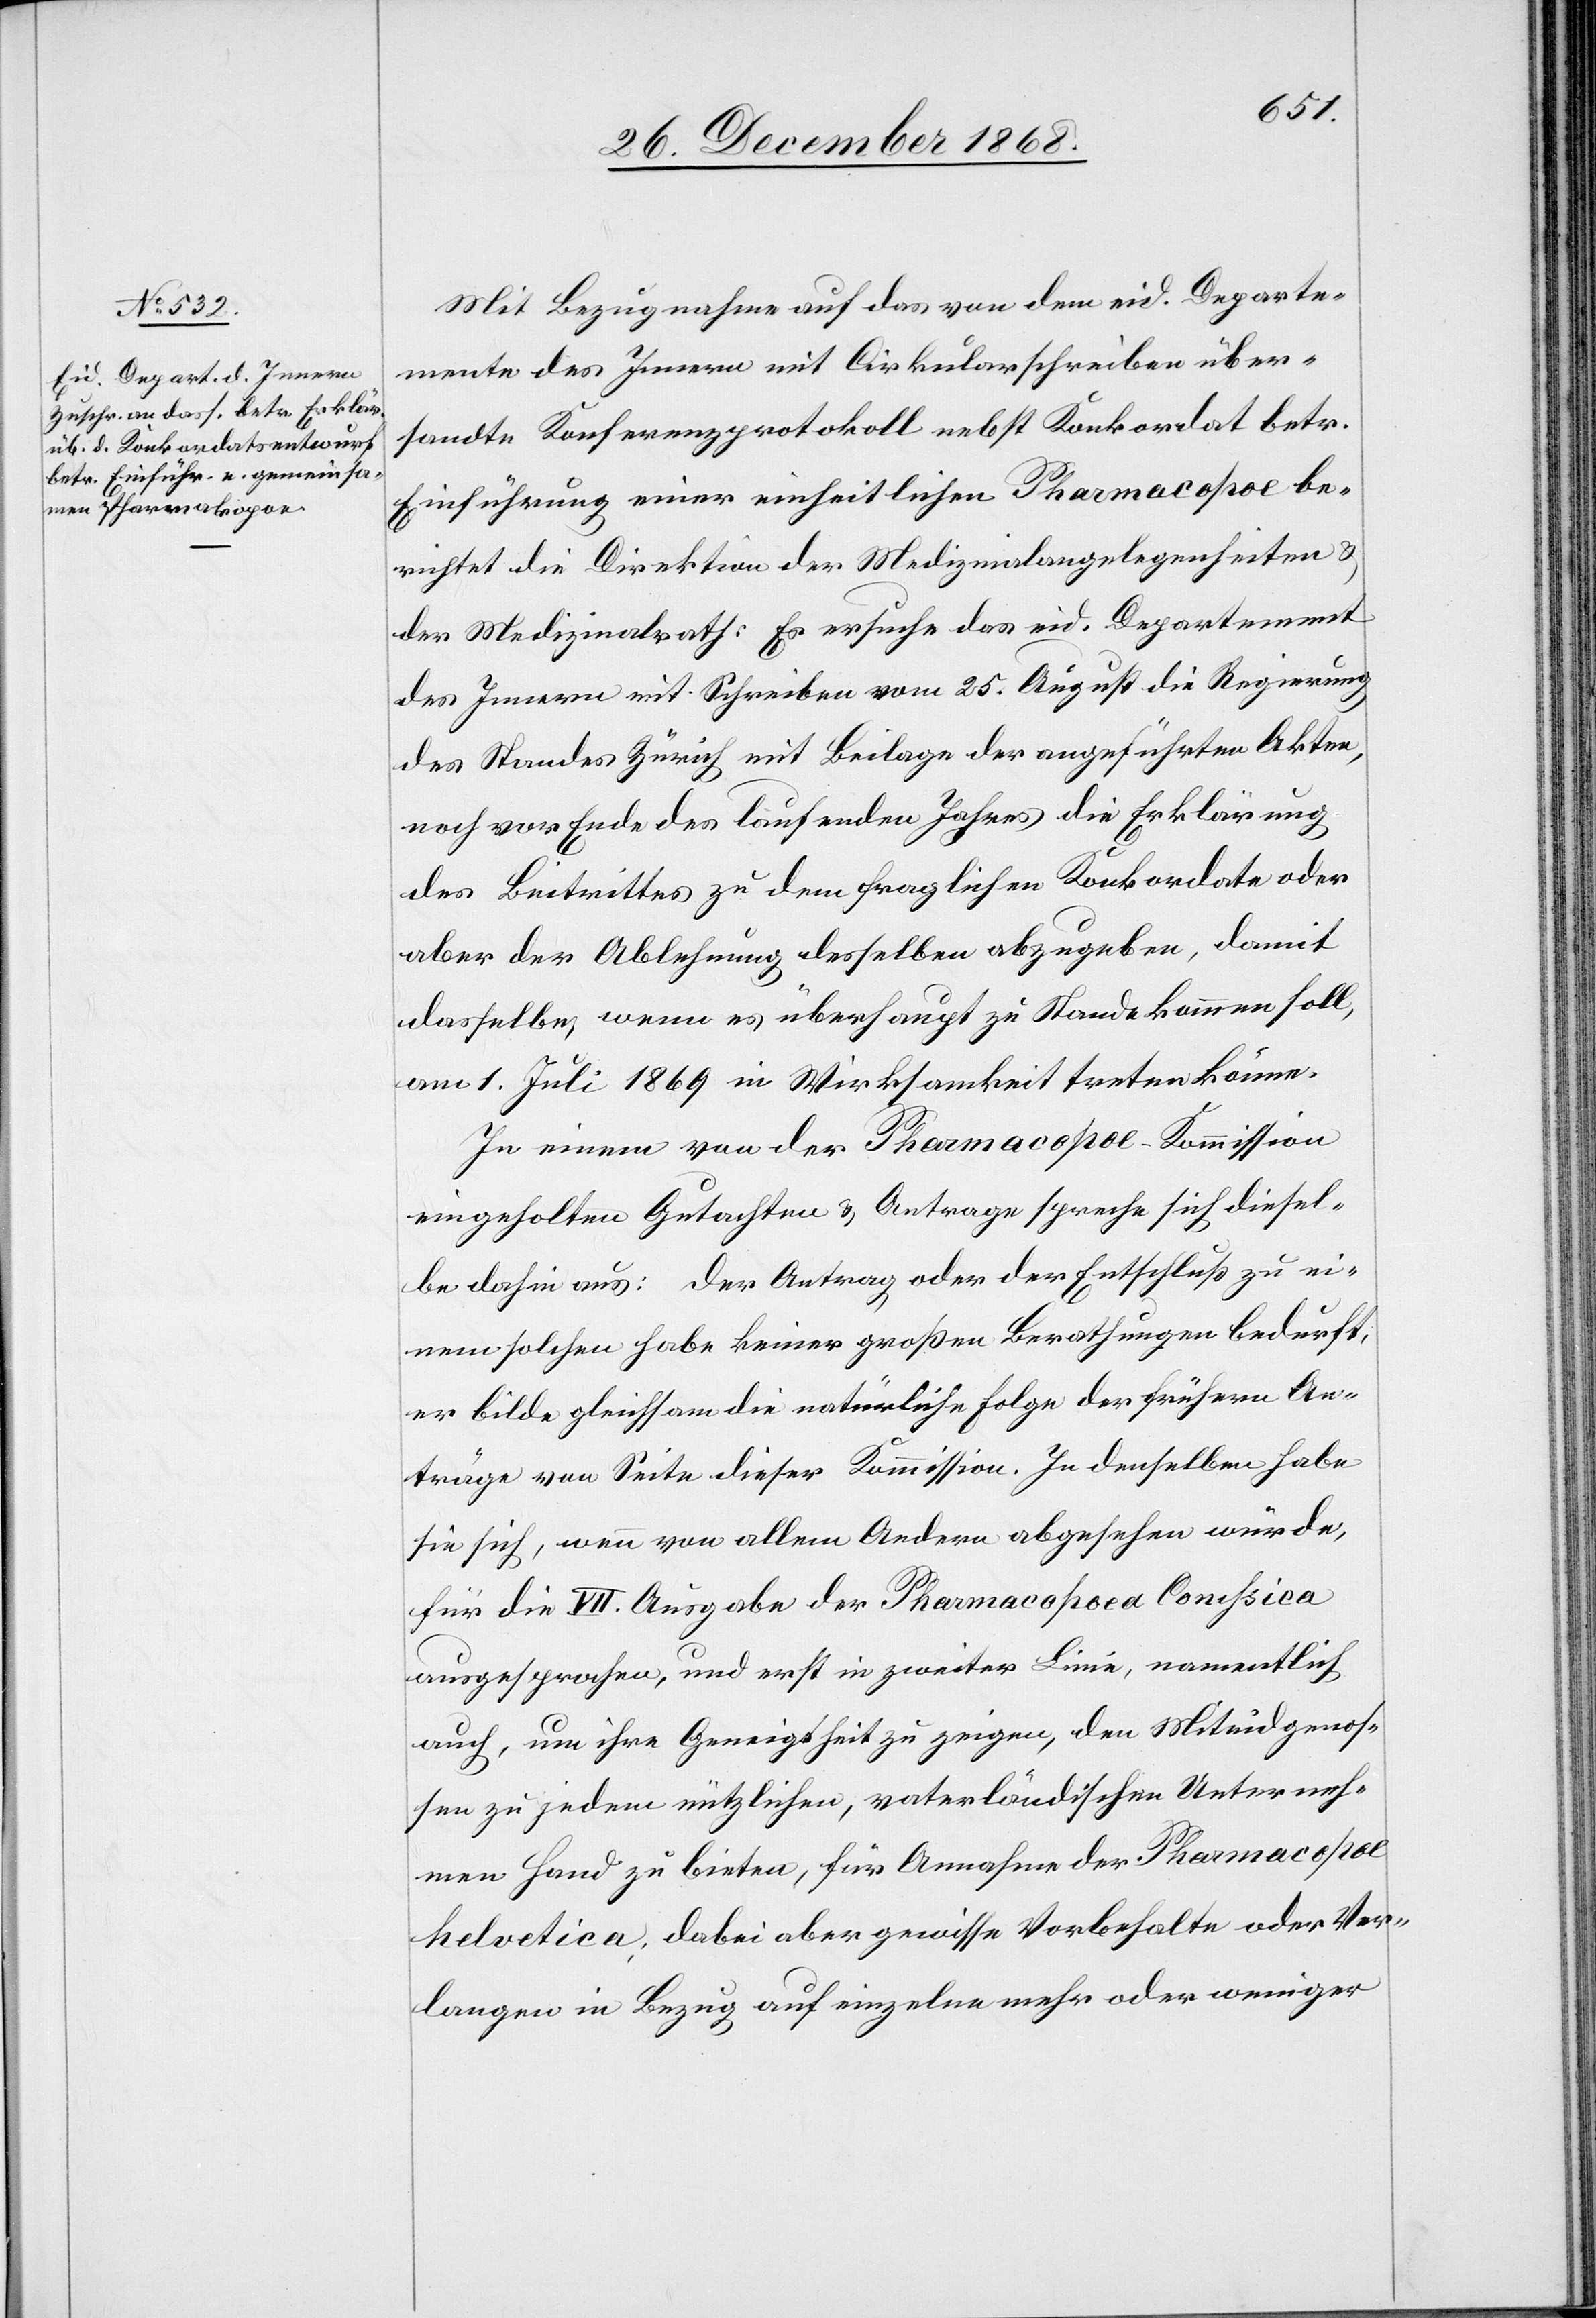
Mit Bezugnahme auf das von dem eid. Departe¬
mente des Innern mit Cirkularschreiben über¬
sandte Konferenzprotokoll nebst Konkordat betr.
Einführung einer einheitlichen Pharmacopoe be¬
richtet die Direktion der Medizinalangelegenheiten &
der Medizinalrath: Es ersuche das eid. Departement
des Innern mit Schreiben vom 25. August die Regierung
des Standes Zürich mit Beilage der angeführten Akten,
noch vor Ende des laufenden Jahres die Erklärung
des Beitrittes zu dem fraglichen Konkordate oder
aber der Ablehnung desselben abzugeben, damit
dasselbe, wenn es überhaupt zu Stande kommen soll,
am 1. Juli 1869 in Wirksamkeit treten könne.
In einem von der Pharmacopoe-Kommission
eingeholten Gutachten & Antrage spreche sich diesel¬
be dahin aus: Der Antrag oder der Entschluß zu ei¬
nem solchen habe keiner großen Berathungen bedurft,
er bilde gleichsam die natürliche Folge der frühern An¬
träge von Seite dieser Kommission. In demselben habe
sie sich, wenn von allem Andern abgesehen würde,
für die VII. Ausgabe der Pharmacopoea Corussica
ausgesprochen, und erst in zweiter Linie, namentlich
auch, um ihre Geneigtheit zu zeigen, den Miteidgenos¬
sen zu jedem nützlichen, vaterländischen Unterneh¬
men Hand zu bieten, für Annahme der Pharmacopoe
helvetica, dabei aber gewisse Vorbehalte oder Ver¬
langen in Bezug auf einzelne mehr oder weniger